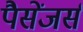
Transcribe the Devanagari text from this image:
पैसेंजर्स